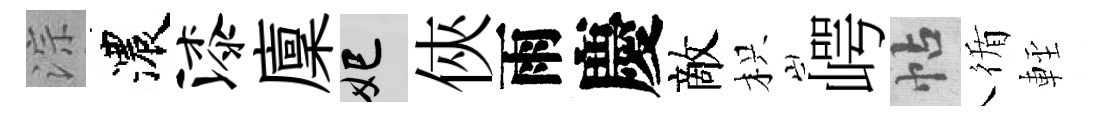
淙濃漆廩妃俠雨慶敵枳崿帖循䡖